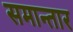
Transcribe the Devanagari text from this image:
समान्तार